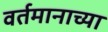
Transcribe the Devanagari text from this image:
वर्तमानाच्या